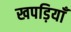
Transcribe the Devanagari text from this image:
खपड़ियाँ